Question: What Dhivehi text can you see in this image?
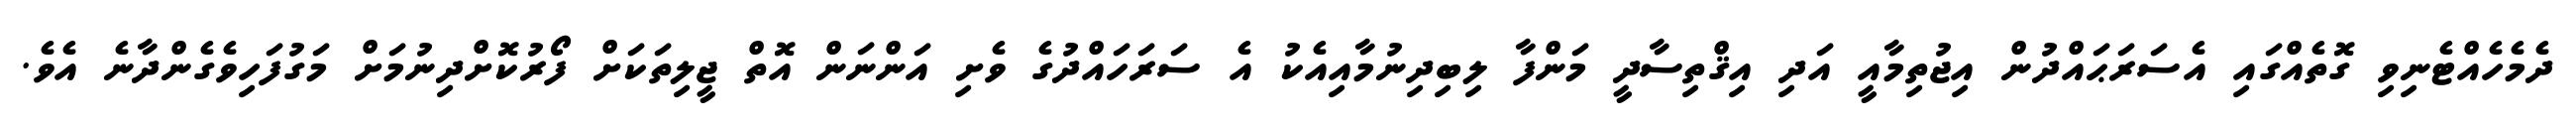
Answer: ދެމެހެއްޓެނިވި ގޮތެއްގައި އެސަރަޙައްދުން އިޖުތިމާއީ އަދި އިޤްތިސާދީ މަންފާ ލިބިދިނުމާއިއެކު އެ ސަރަހައްދުގެ ވެށި އަންނަން އޮތް ޖީލިތަކަށް ފޯރުކޮށްދިނުމަށް މަގުފަހިވެގެންދާނެ އެވެ.